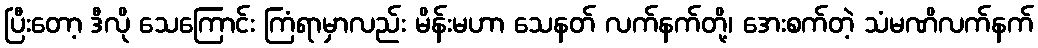
ပြီးတော့ ဒီလို သေကြောင်း ကြံရာမှာလည်း မိန်းမဟာ သေနတ် လက်နက်တို့၊ အေးစက်တဲ့ သံမဏိလက်နက်